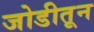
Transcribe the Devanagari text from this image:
जोडीतून